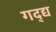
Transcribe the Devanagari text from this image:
गद्द्य